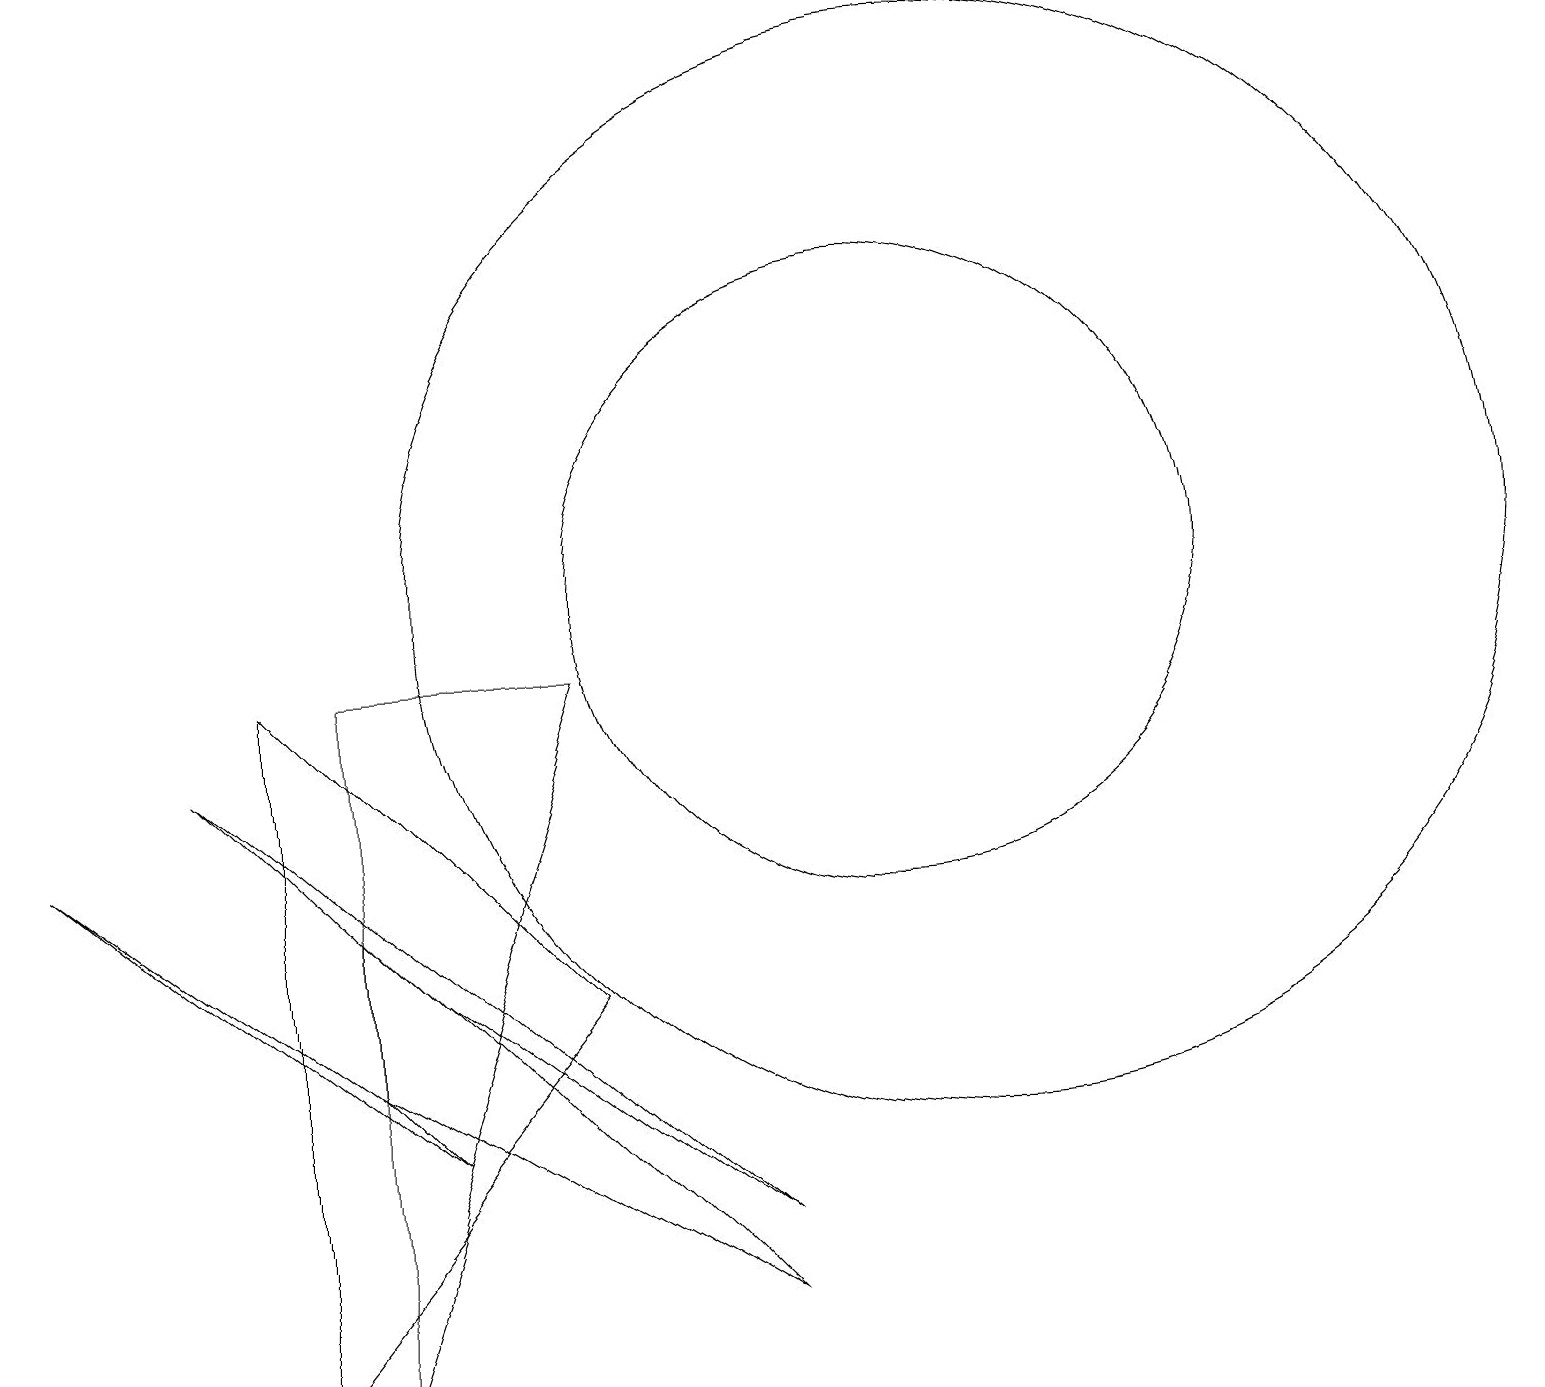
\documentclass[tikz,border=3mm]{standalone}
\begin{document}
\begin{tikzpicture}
\draw (3,0) -- (3,9) -- (7,5) -- cycle;
\draw (4,4) -- (0,7) -- (5,3) -- cycle;
\draw (11,10) circle (4);
\draw (4,0) -- (7,9) -- (4,9) -- cycle;
\draw (12,10) circle (7);
\draw (5,5) -- (9,2) -- (2,8) -- cycle;
\draw (9,1) -- (4,4) -- (4,6) -- cycle;
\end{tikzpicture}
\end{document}